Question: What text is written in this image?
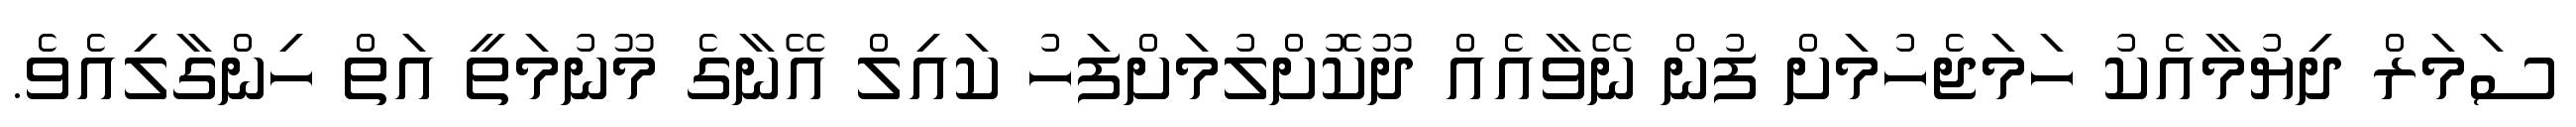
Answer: ސަމަރް ދިޔުމާއެކު ހަމަޖެހުމަށް ފުން ނޭވާއެއް ދޫކޮށްލުމަށްފަހު ކައިލް އޭނާގެ މޫނުމަތީ އަތް ހިންގާލިއެވެ.